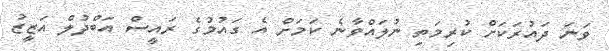
ވަނަ ދައުރަކަށް ކުރިމަތި ނުލައްވާނެ ކަމަށް އެ ގައުމުގެ ރައީސް އަބްދުލް އަޒީޒު